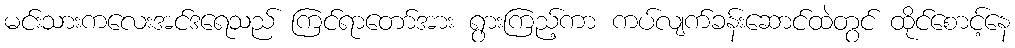
မင်းသားကလေးအင်ဒရေသည် ကြင်ရာတော်အား ရွားကြည့်ကာ ကပ်လျက်ခန်းဆောင်ထဲတွင် ထိုင်စောင့်နေ